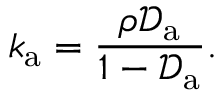
k _ { \mathrm { a } } = \frac { \rho \mathcal { D } _ { \mathrm { a } } } { 1 - \mathcal { D } _ { \mathrm { a } } } .